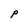
Character: P